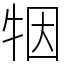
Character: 㸶